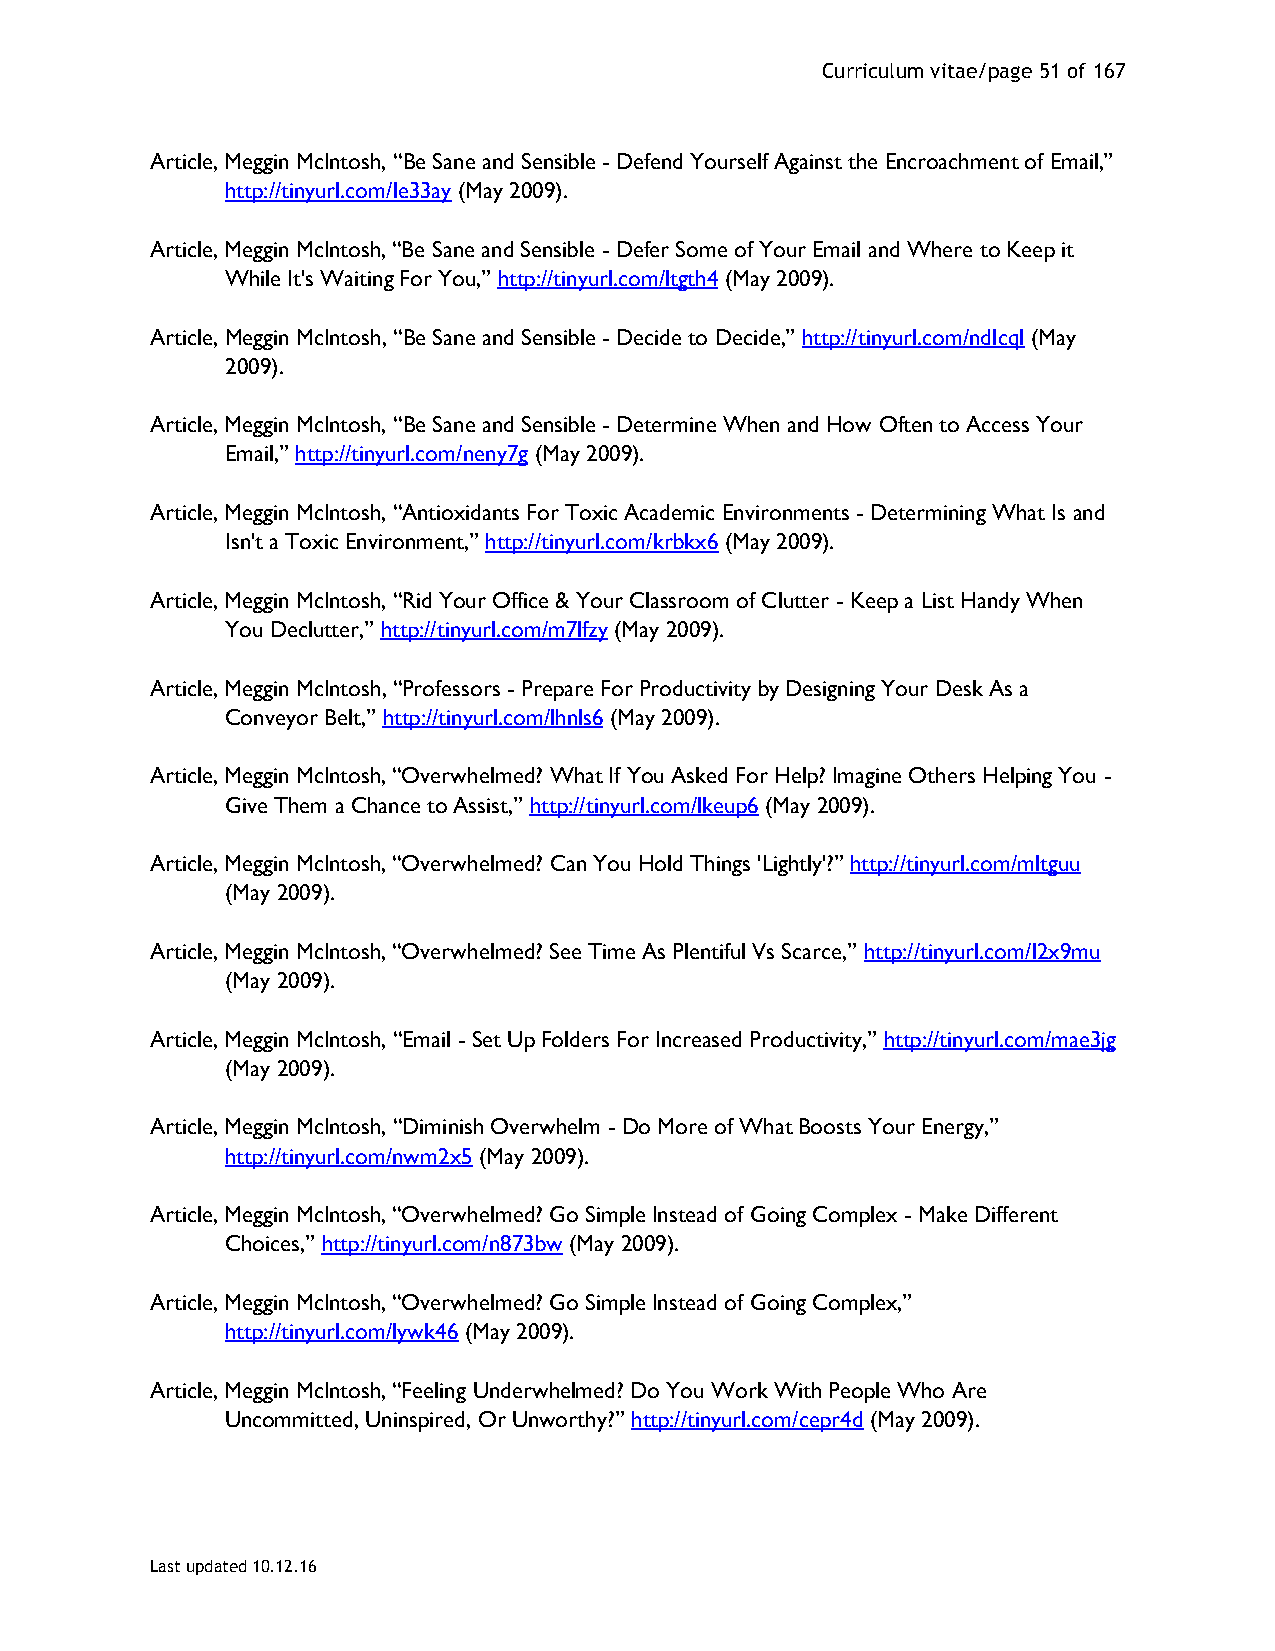
Curriculum vitae/page 51 of 167
 Article, Meggin McIntosh, “Be Sane and Sensible - Defend Yourself Against the Encroachment of Email,”
 http://tinyurl.com/le33ay (May 2009).
 Article, Meggin McIntosh, “Be Sane and Sensible - Defer Some of Your Email and Where to Keep it
 While It's Waiting For You,” http://tinyurl.com/ltgth4 (May 2009).
 Article, Meggin McIntosh, “Be Sane and Sensible - Decide to Decide,” http://tinyurl.com/ndlcql (May
 2009).
 Article, Meggin McIntosh, “Be Sane and Sensible - Determine When and How Often to Access Your
 Email,” http://tinyurl.com/neny7g (May 2009).
 Article, Meggin McIntosh, “Antioxidants For Toxic Academic Environments - Determining What Is and
 Isn't a Toxic Environment,” http://tinyurl.com/krbkx6 (May 2009).
 Article, Meggin McIntosh, “Rid Your Office & Your Classroom of Clutter - Keep a List Handy When
 You Declutter,” http://tinyurl.com/m7lfzy (May 2009).
 Article, Meggin McIntosh, “Professors - Prepare For Productivity by Designing Your Desk As a
 Conveyor Belt,” http://tinyurl.com/lhnls6 (May 2009).
 Article, Meggin McIntosh, “Overwhelmed? What If You Asked For Help? Imagine Others Helping You -
 Give Them a Chance to Assist,” http://tinyurl.com/lkeup6 (May 2009).
 Article, Meggin McIntosh, “Overwhelmed? Can You Hold Things 'Lightly'?” http://tinyurl.com/mltguu
 (May 2009).
 Article, Meggin McIntosh, “Overwhelmed? See Time As Plentiful Vs Scarce,” http://tinyurl.com/l2x9mu
 (May 2009).
 Article, Meggin McIntosh, “Email - Set Up Folders For Increased Productivity,” http://tinyurl.com/mae3jg
 (May 2009).
 Article, Meggin McIntosh, “Diminish Overwhelm - Do More of What Boosts Your Energy,”
 http://tinyurl.com/nwm2x5 (May 2009).
 Article, Meggin McIntosh, “Overwhelmed? Go Simple Instead of Going Complex - Make Different
 Choices,” http://tinyurl.com/n873bw (May 2009).
 Article, Meggin McIntosh, “Overwhelmed? Go Simple Instead of Going Complex,”
 http://tinyurl.com/lywk46 (May 2009).
 Article, Meggin McIntosh, “Feeling Underwhelmed? Do You Work With People Who Are
 Uncommitted, Uninspired, Or Unworthy?” http://tinyurl.com/cepr4d (May 2009).
 Last updated 10.12.16